Scottish Leaving Certificate Examination, 1953
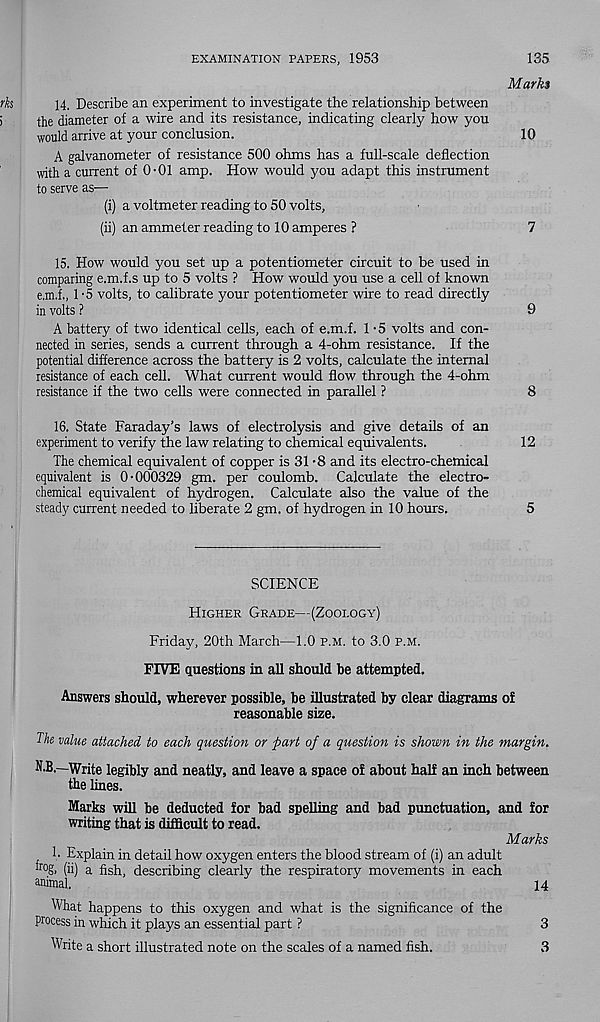
EXAMINATION PAPERS, 1953
135
Marks
14. Describe an experiment to investigate the relationship between
the diameter of a wire and its resistance, indicating clearly how you
would arrive at your conclusion.
10
A galvanometer of resistance 500 ohms has a full-scale deflection
with a current of 0-01 amp. How would you adapt this instrument
to serve as—
(i) a voltmeter reading to 50 volts,
(ii) an ammeter reading to 10 amperes ?
7
15. How would you set up a potentiometer circuit to be used in
comparing e.m.f.s up to 5 volts ? How would you use a cell of known
e.m.f., 1 -5 volts, to calibrate your potentiometer wire to read directly
in volts ?
9
A battery of two identical cells, each of e.m.f. 1 -5 volts and con-
nected in series, sends a current through a 4-ohm resistance. If the
potential difference across the battery is 2 volts, calculate the internal
resistance of each cell. What current would flow through the 4-ohm
resistance if the two cells were connected in parallel ?
8
16. State Faraday’s laws of electrolysis and give details of an
experiment to verify the law relating to chemical equivalents.
12
The chemical equivalent of copper is 31 -8 and its electro-chemical
equivalent is 0-000329 gm. per coulomb. Calculate the electro-
chemical equivalent of hydrogen. Calculate also the value of the
steady current needed to liberate 2 gm. of hydrogen in 10 hours.
5
SCIENCE
Higher Grade—(Zoology)
Friday, 20th March—1.0 p.m. to 3.0 p.m.
FIVE questions in all should be attempted.
Answers should, wherever possible, be illustrated by clear diagrams of
reasonable size.
The value attached to each question or part of a question is shown in the margin.
N.B.—Write legibly and neatly, and leave a space of about half an inch between
the lines.
Marks will be deducted for bad spelling and bad punctuation, and for
writing that is difficult to read.
Marks
h Explain in detail how oxygen enters the blood stream of (i) an adult
fr°§. (ii) a fish, describing clearly the respiratory movements in each
animal.
14
What happens to this oxygen and what is the significance of the
process in which it plays an essential part ?
Write a short illustrated note on the scales of a named fish.
3
3